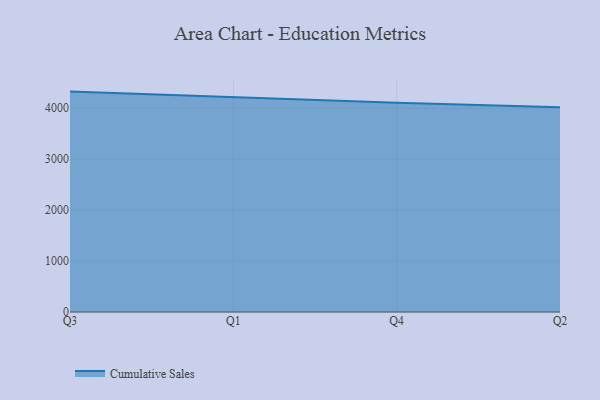
{"axis": {"x": "Quarter", "y": "Market Share (%)"}, "legend": ["Cumulative Sales"], "data": [{"x": "Q3", "y": 4327.8, "type": "Cumulative Sales"}, {"x": "Q1", "y": 4221.5, "type": "Cumulative Sales"}, {"x": "Q4", "y": 4107.8, "type": "Cumulative Sales"}, {"x": "Q2", "y": 4021.7, "type": "Cumulative Sales"}]}